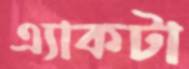
এ্যাকটা